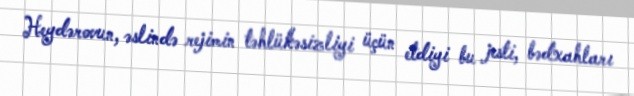
Heydərovun, əslində rejimin təhlükəsizliyi üçün etdiyi bu jesti, bədxahları